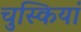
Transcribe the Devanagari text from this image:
चुस्कियां